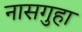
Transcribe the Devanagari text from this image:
नासगुहा